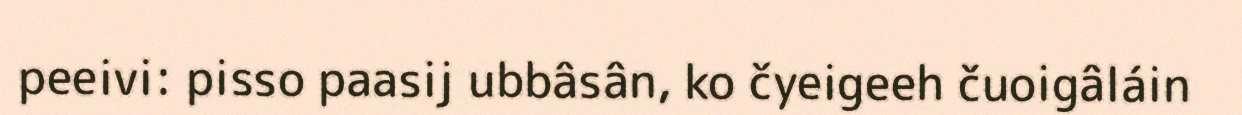
peeivi: pisso paasij ubbâsân, ko čyeigeeh čuoigâláin